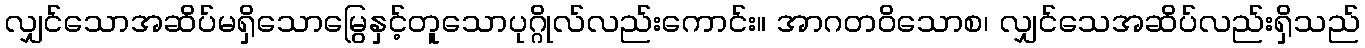
လျှင်သောအဆိပ်မရှိသောမြွေနှင့်တူသောပုဂ္ဂိုလ်လည်းကောင်း။ အာဂတဝိသောစ၊ လျှင်သေအဆိပ်လည်းရှိသည်